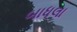
બાધલા